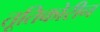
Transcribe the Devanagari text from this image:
तूतिकोरीन